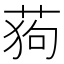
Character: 𮏛